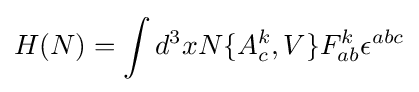
H(N)=\int d^{3}xN\{A_{c}^{k},V\}F_{ab}^{k}\epsilon ^{abc}